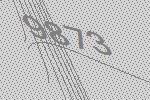
9873